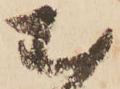
む